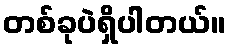
တစ်ခုပဲရှိပါတယ်။